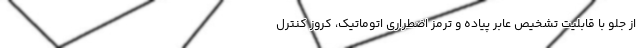
از جلو با قابلیت تشخیص عابر پیاده و ترمز اضطراری اتوماتیک، کروز کنترل